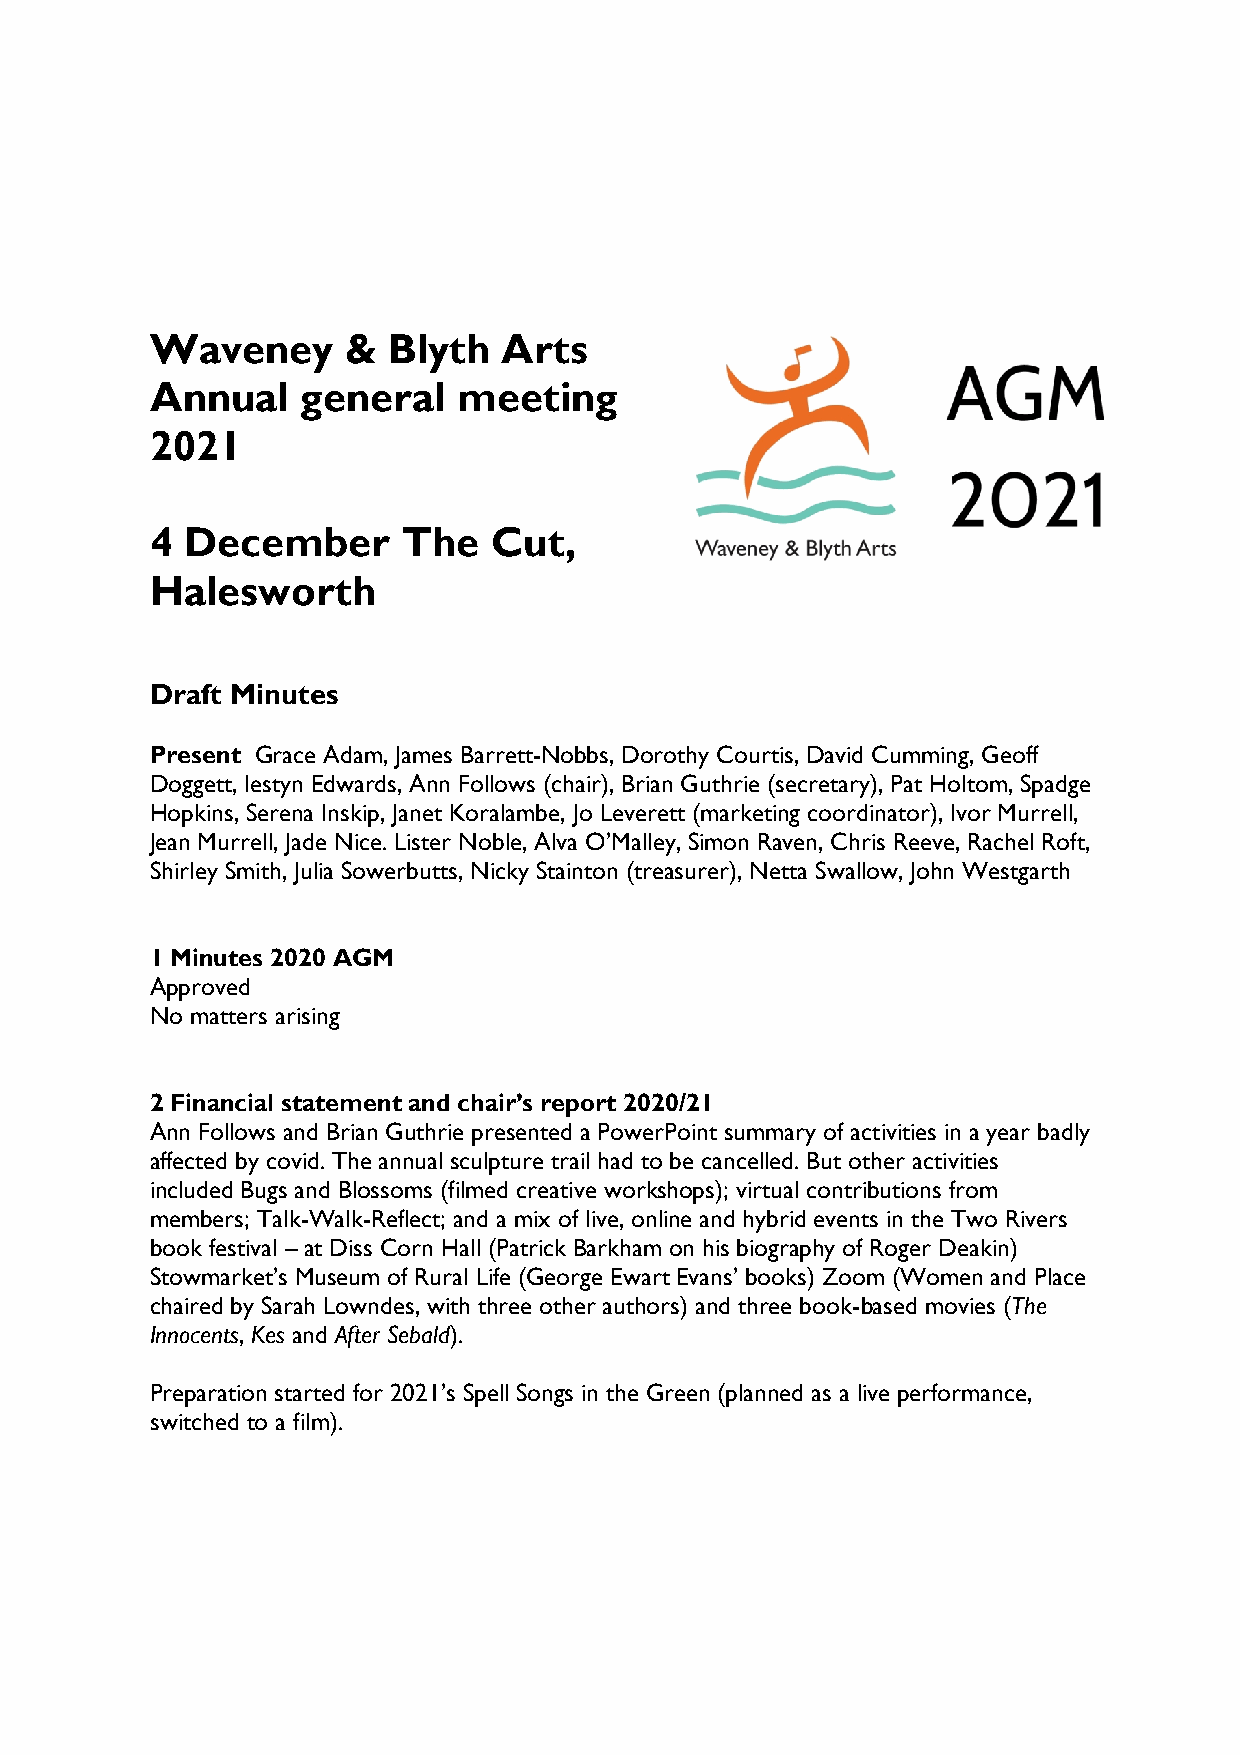
Waveney      &  Blyth  Arts
 Annual    general   meeting
 2021
 4 December       The   Cut,
 Halesworth
 Draft Minutes
 Present Grace Adam, James Barrett-Nobbs, Dorothy Courtis, David Cumming, Geoff
 Doggett, Iestyn Edwards, Ann Follows (chair), Brian Guthrie (secretary), Pat Holtom, Spadge
 Hopkins, Serena Inskip, Janet Koralambe, Jo Leverett (marketing coordinator), Ivor Murrell,
 Jean Murrell, Jade Nice. Lister Noble, Alva O’Malley, Simon Raven, Chris Reeve, Rachel Roft,
 Shirley Smith, Julia Sowerbutts, Nicky Stainton (treasurer), Netta Swallow, John Westgarth
 1 Minutes 2020 AGM
 Approved
 No matters arising
 2 Financial statement and chair’s report 2020/21
 Ann Follows and Brian Guthrie presented a PowerPoint summary of activities in a year badly
 affected by covid. The annual sculpture trail had to be cancelled. But other activities
 included Bugs and Blossoms (filmed creative workshops); virtual contributions from
 members; Talk-Walk-Reflect; and a mix of live, online and hybrid events in the Two Rivers
 book festival – at Diss Corn Hall (Patrick Barkham on his biography of Roger Deakin)
 Stowmarket’s Museum of Rural Life (George Ewart Evans’ books) Zoom (Women and Place
 chaired by Sarah Lowndes, with three other authors) and three book-based movies (The
 Innocents, Kes and After Sebald).
 Preparation started for 2021’s Spell Songs in the Green (planned as a live performance,
 switched to a film).